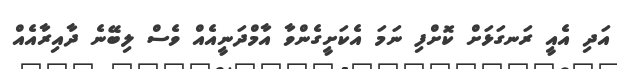
އަދި އެއީ ރަނގަޅަށް ކޮށްފި ނަަމަ އެކަށީގެންވާ އާމްދަނީއެއް ވެސް ލިބޭނެ ދާއިރާއެއް